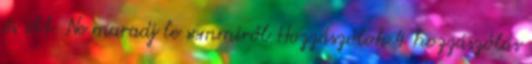
és itt. Ne maradj le semmiről Hozzászólok 4 hozzászólás